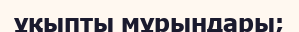
ұқыпты мұрындары;